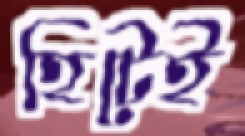
হিটেই